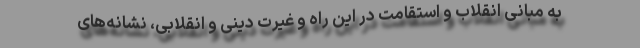
به مبانی انقلاب و استقامت در این راه و غیرت دینی و انقلابی، نشانه‌های